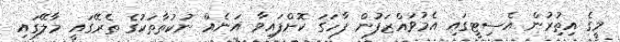
މީގެ އިތުިރުން އެސިޓީގައި އެމުވައްޒަފުން ފާހަގަ ކޮށްފައިވާ އަނެއް ނުކުތާތަކުގެ ތެރޭގައީ މާލޭގައި